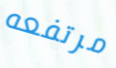
مرتفعه